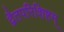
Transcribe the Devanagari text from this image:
द्वैतपरिशिष्टम्